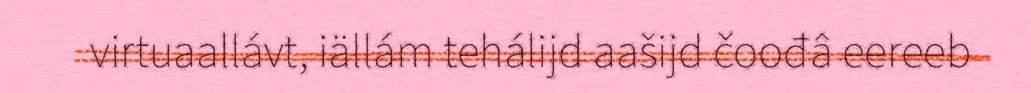
virtuaallávt, iällám tehálijd aašijd čoođâ eereeb